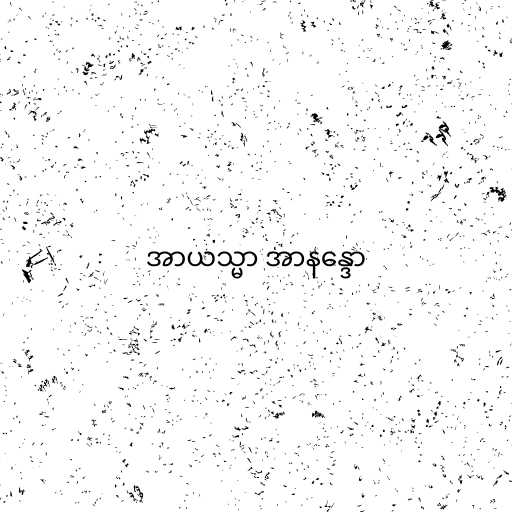
အာယသ္မာ အာနန္ဒော